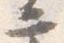
二